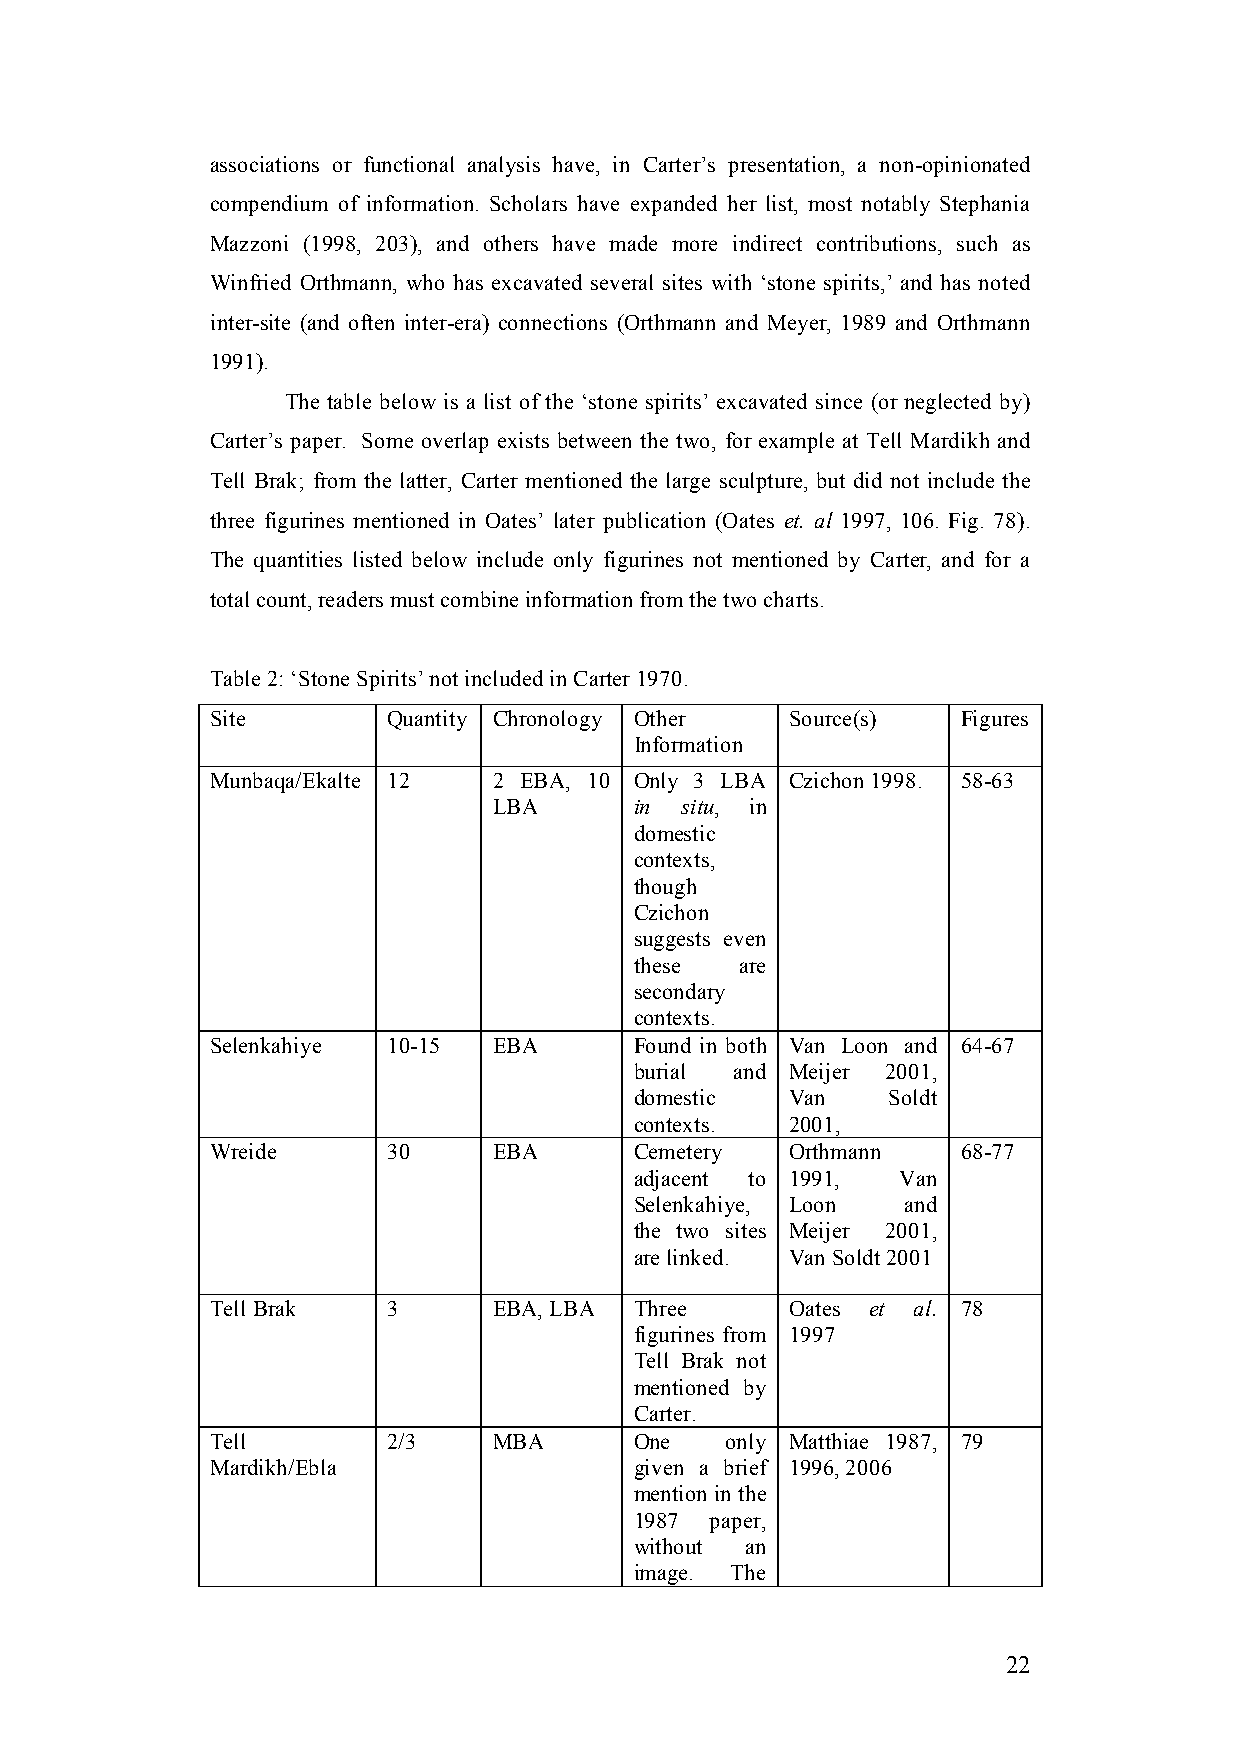
associations or functional analysis have, in Carter’s presentation, a non-opinionated
 compendium of information. Scholars have expanded her list, most notably Stephania
 Mazzoni (1998, 203), and others have made more indirect contributions, such as
 Winfried Orthmann, who has excavated several sites with ‘stone spirits,’ and has noted
 inter-site (and often inter-era) connections (Orthmann and Meyer, 1989 and Orthmann
 1991).
 The table below is a list of the ‘stone spirits’ excavated since (or neglected by)
 Carter’s paper. Some overlap exists between the two, for example at Tell Mardikh and
 Tell Brak; from the latter, Carter mentioned the large sculpture, but did not include the
 three figurines mentioned in Oates’ later publication (Oates et. al 1997, 106. Fig. 78).
 The quantities listed below include only figurines not mentioned by Carter, and for a
 total count, readers must combine information from the two charts.
 Table 2: ‘Stone Spirits’ not included in Carter 1970.
 Site        Quantity Chronology Other Source(s)   Figures
 Information
 Munbaqa/Ekalte 12  2 EBA, 10 Only 3 LBA Czichon 1998. 58-63
 LBA      in situ, in
 domestic
 contexts,
 though
 Czichon
 suggests even
 these  are
 secondary
 contexts.
 Selenkahiye 10-15  EBA      Found in both Van Loon and 64-67
 burial and Meijer 2001,
 domestic  Van    Soldt
 contexts. 2001,
 Wreide      30     EBA      Cemetery  Orthmann    68-77
 adjacent to 1991, Van
 Selenkahiye, Loon and
 the two sites Meijer 2001,
 are linked. Van Soldt 2001
 Tell Brak   3      EBA, LBA Three     Oates et al. 78
 figurines from 1997
 Tell Brak not
 mentioned by
 Carter.
 Tell        2/3    MBA      One   only Matthiae 1987, 79
 Mardikh/Ebla                given a brief 1996, 2006
 mention in the
 1987 paper,
 without an
 image. The
 22